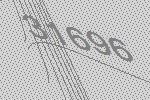
31696